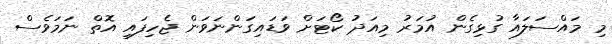
މި މައްސަލައާ ގުޅިގެން އުމަރު މިއަދު ކޯޓަށް ވަޑައިގަންނަވަން ޖެހިފައި އޮތް ނަމަވެސް